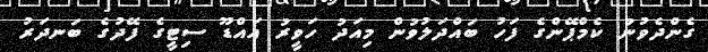
ގެންދެވުނު ކެމްޕޭންގެ ފަހު ބައްދަލުވުން މިއަދު ހަވީރު އައްޑޫ ސިޓީގެ ފޭދުގެ ބަނދަރު